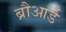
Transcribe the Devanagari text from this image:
ब्रौआर्ड